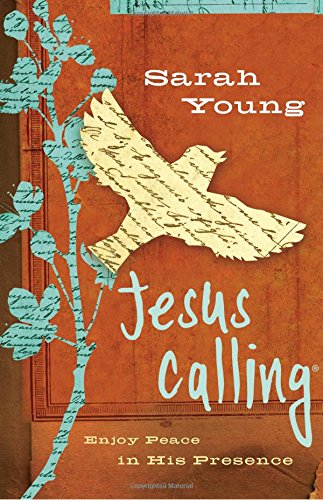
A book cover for Jesus Calling: Enjoy Peace in His Presence; Sarah Young; Christian Books & Bibles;